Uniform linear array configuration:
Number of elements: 4
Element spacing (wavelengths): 0.25
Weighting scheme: hamming
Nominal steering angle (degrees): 0
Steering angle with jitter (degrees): -0.6864
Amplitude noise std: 0.05
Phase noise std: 0.05

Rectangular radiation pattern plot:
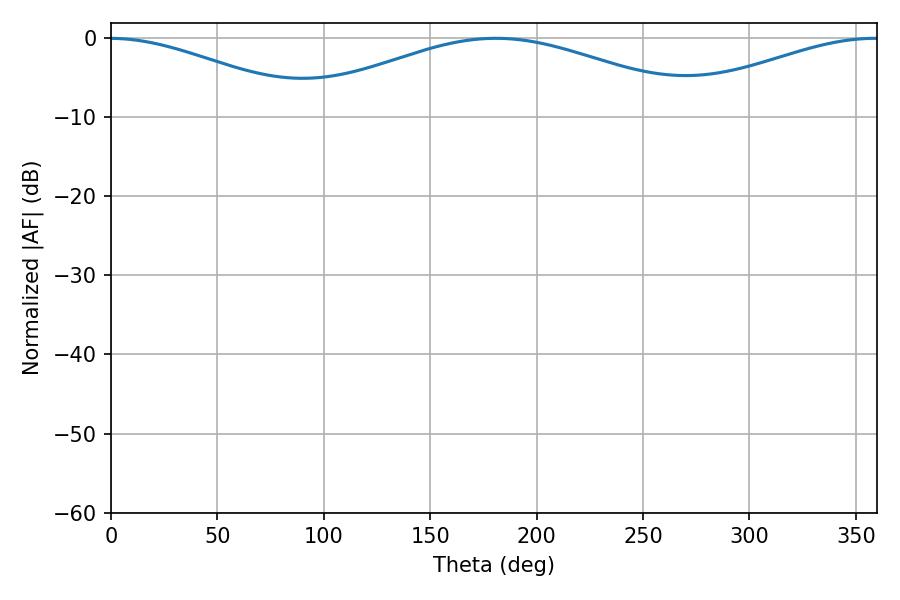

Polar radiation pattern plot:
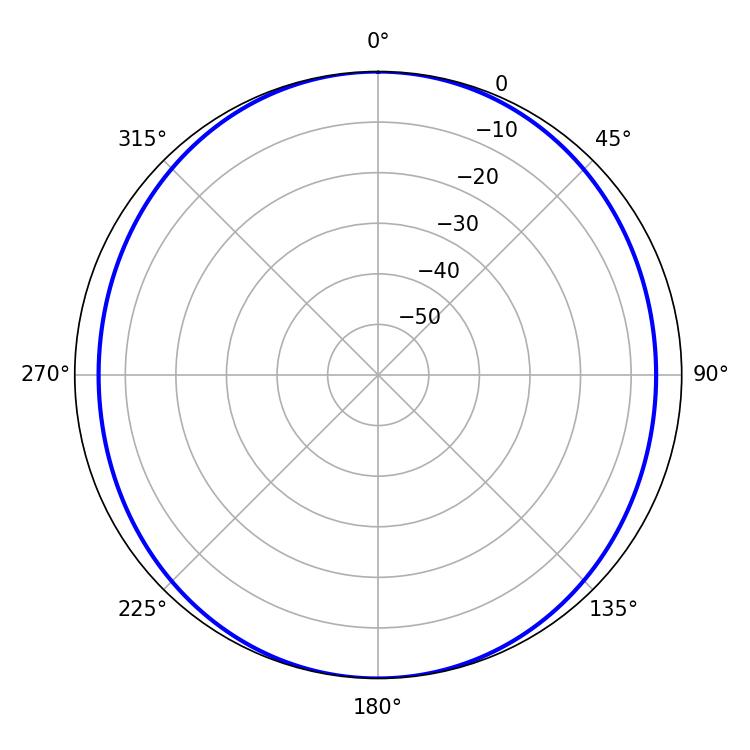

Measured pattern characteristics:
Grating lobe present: FALSE
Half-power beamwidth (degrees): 104.22
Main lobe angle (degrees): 180.9